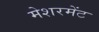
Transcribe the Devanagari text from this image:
मेशरमेंट